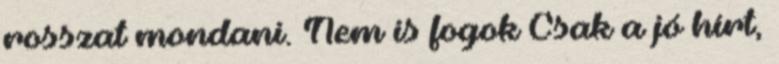
rosszat mondani. Nem is fogok Csak a jó hírt,